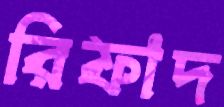
রিফাদ